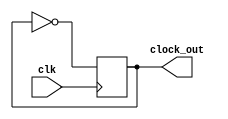
module clock_and_mem_clock(clk,clock_out);
	input clk;
	output clock_out;
	reg clock_out;
	initial clock_out = 0;

	always @(posedge clk) clock_out <= ~clock_out;

endmodule